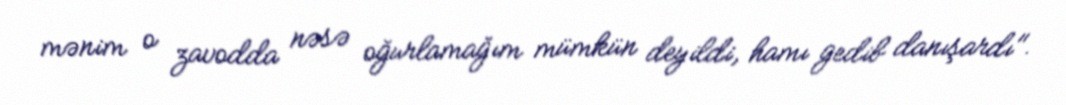
mənim o zavodda nəsə oğurlamağım mümkün deyildi, hamı gedib danışardı".